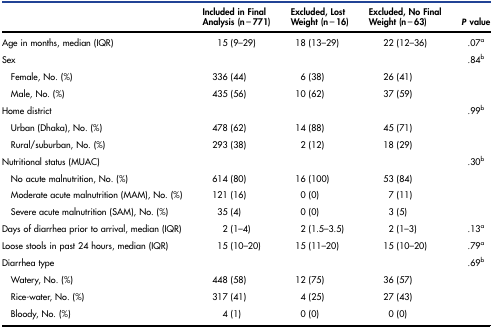
<table><thead><tr><td></td><td><b>Included in Final Analysis (n = 771)</b></td><td><b>Excluded, Lost Weight (n = 16)</b></td><td><b>Excluded, No Final Weight (n = 63)</b></td><td><b><i>P</i> value</b></td></tr></thead><tbody><tr><td>Age in months, median (IQR)</td><td>15 (9–29)</td><td>18 (13–29)</td><td>22 (12–36)</td><td>.07<sup>a</sup></td></tr><tr><td>Sex</td><td></td><td></td><td></td><td>.84<sup>b</sup></td></tr><tr><td> Female, No. (%)</td><td>336 (44)</td><td>6 (38)</td><td>26 (41)</td><td></td></tr><tr><td> Male, No. (%)</td><td>435 (56)</td><td>10 (62)</td><td>37 (59)</td><td></td></tr><tr><td>Home district</td><td></td><td></td><td></td><td>.99<sup>b</sup></td></tr><tr><td> Urban (Dhaka), No. (%)</td><td>478 (62)</td><td>14 (88)</td><td>45 (71)</td><td></td></tr><tr><td> Rural/suburban, No. (%)</td><td>293 (38)</td><td>2 (12)</td><td>18 (29)</td><td></td></tr><tr><td>Nutritional status (MUAC)</td><td></td><td></td><td></td><td>.30<sup>b</sup></td></tr><tr><td> No acute malnutrition, No. (%)</td><td>614 (80)</td><td>16 (100)</td><td>53 (84)</td><td></td></tr><tr><td> Moderate acute malnutrition (MAM), No. (%)</td><td>121 (16)</td><td>0 (0)</td><td>7 (11)</td><td></td></tr><tr><td> Severe acute malnutrition (SAM), No. (%)</td><td>35 (4)</td><td>0 (0)</td><td>3 (5)</td><td></td></tr><tr><td>Days of diarrhea prior to arrival, median (IQR)</td><td>2 (1–4)</td><td>2 (1.5–3.5)</td><td>2 (1–3)</td><td>.13<sup>a</sup></td></tr><tr><td>Loose stools in past 24 hours, median (IQR)</td><td>15 (10–20)</td><td>15 (11–20)</td><td>15 (10–20)</td><td>.79<sup>a</sup></td></tr><tr><td>Diarrhea type</td><td></td><td></td><td></td><td>.69<sup>b</sup></td></tr><tr><td> Watery, No. (%)</td><td>448 (58)</td><td>12 (75)</td><td>36 (57)</td><td></td></tr><tr><td> Rice-water, No. (%)</td><td>317 (41)</td><td>4 (25)</td><td>27 (43)</td><td></td></tr><tr><td> Bloody, No. (%)</td><td>4 (1)</td><td>0 (0)</td><td>0 (0)</td><td></td></tr></tbody></table>